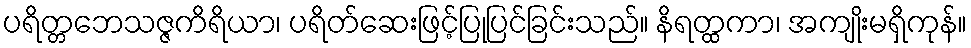
ပရိတ္တဘေသဇ္ဇကိရိယာ၊ ပရိတ်ဆေးဖြင့်ပြုပြင်ခြင်းသည်။ နိရတ္ထကာ၊ အကျိုးမရှိကုန်။